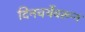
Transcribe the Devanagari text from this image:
दिनचर्येवरून